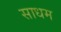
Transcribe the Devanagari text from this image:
साधम